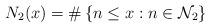
LaTeX: \begin{align*}N_2(x)=\#\left\{ n\leq x:n \in \mathcal{N}_2 \right\}\end{align*}